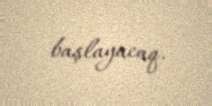
başlayacaq.